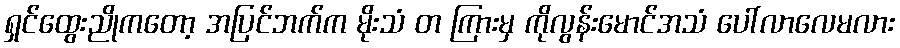
ရှင်ထွေးညိုကတော့ အပြင်ဘက်က မိုးသံ တ ကြားမှ ကိုလွန်းမောင်အသံ ပေါ်လာလေမလား